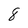
Character: 8